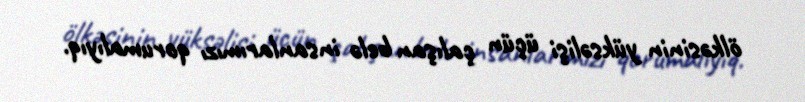
ölkəsinin yüksəlişi üçün çalışan belə insanlarımızı qorumalıyıq.